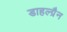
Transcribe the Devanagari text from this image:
डाहल्ग्रैन